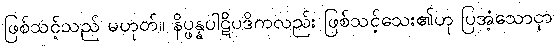
ဖြစ်သင့်သည် မဟုတ်။ နိပ္ဖန္နပါဋိပဒိကလည်း ဖြစ်သင့်သေး၏ဟု ပြအံ့သောငှာ